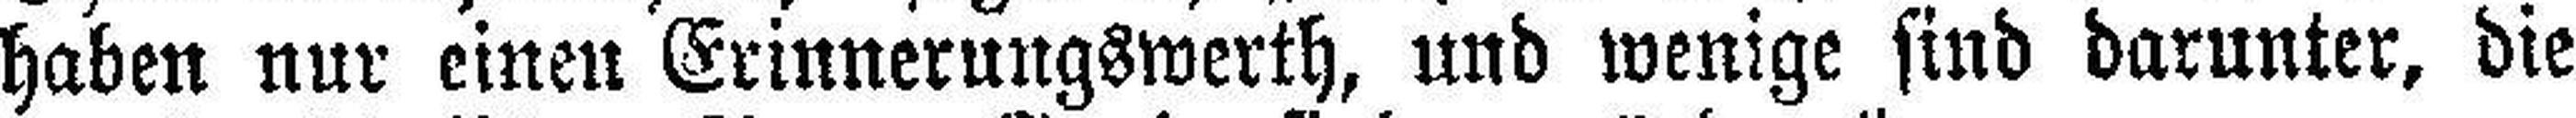
haben nur einen Erinnerungswerth, und wenige sind darunter, die